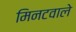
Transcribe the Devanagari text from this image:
मिनटवाले